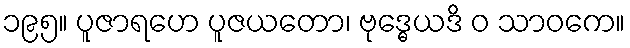
၁၉၅။ ပူဇာရဟေ ပူဇယတော၊ ဗုဒ္ဓေယဒိ ဝ သာဝကေ။